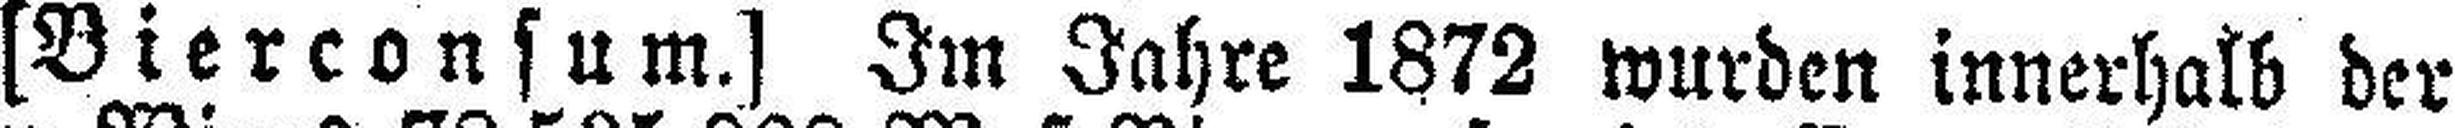
[Bierconsum.] Im Jahre 1872 wurden innerhalb der